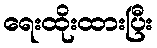
ရေးထိုးထားပြီး